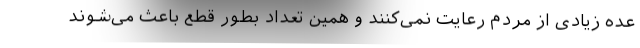
عده زیادی از مردم رعایت نمی‌کنند و همین تعداد بطور قطع باعث می‌شوند